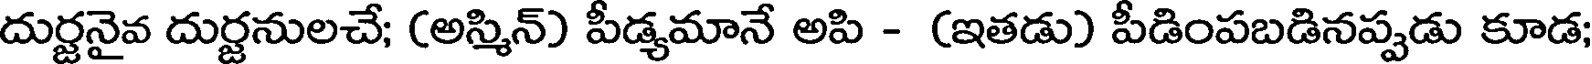
దుర్జనైవ దుర్జనులచే; (అస్మిన్) పీడ్యమానే అపి - (ఇతడు) పీడింపబడినప్పడు కూడ